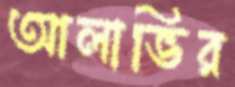
আলাভির